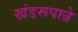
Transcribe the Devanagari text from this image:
खंडरूपान्रे